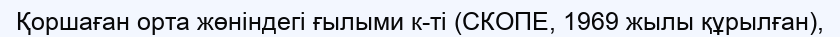
Қоршаған орта жөніндегі ғылыми к-ті (СКОПЕ, 1969 жылы құрылған),